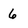
Character: 6